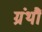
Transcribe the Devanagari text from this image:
ग्रंथौं